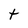
Character: t